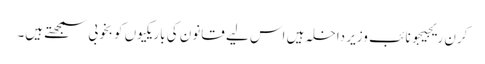
کرن ریجیجو نائب وزیر داخلہ ہیں اس لیے قانون کی باریکیوں کو بخوبی سمجھتے ہیں۔